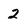
Character: 2